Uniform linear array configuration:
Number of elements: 32
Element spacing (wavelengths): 0.75
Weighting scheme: kaiser
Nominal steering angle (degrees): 60
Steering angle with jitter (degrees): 58.447
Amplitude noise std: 0.05
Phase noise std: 0.05

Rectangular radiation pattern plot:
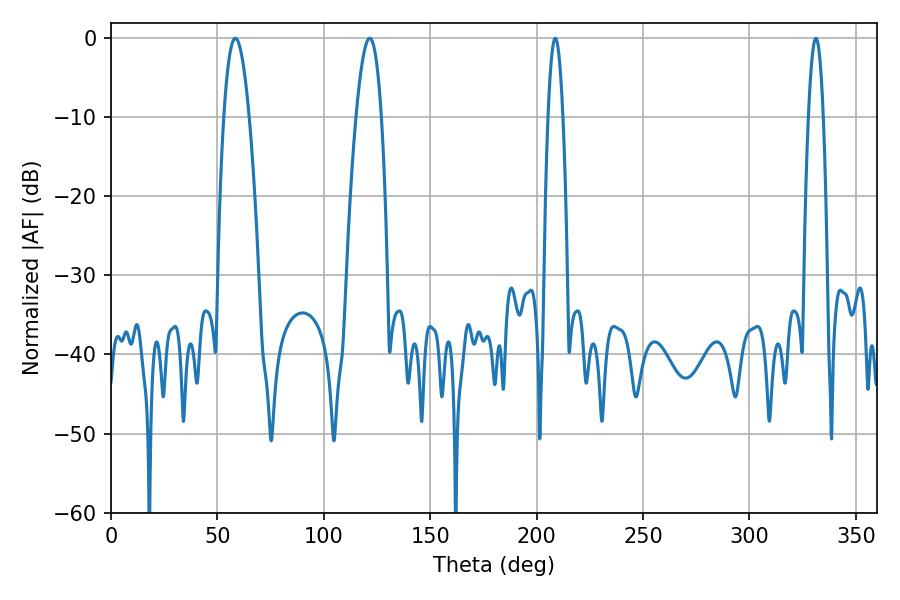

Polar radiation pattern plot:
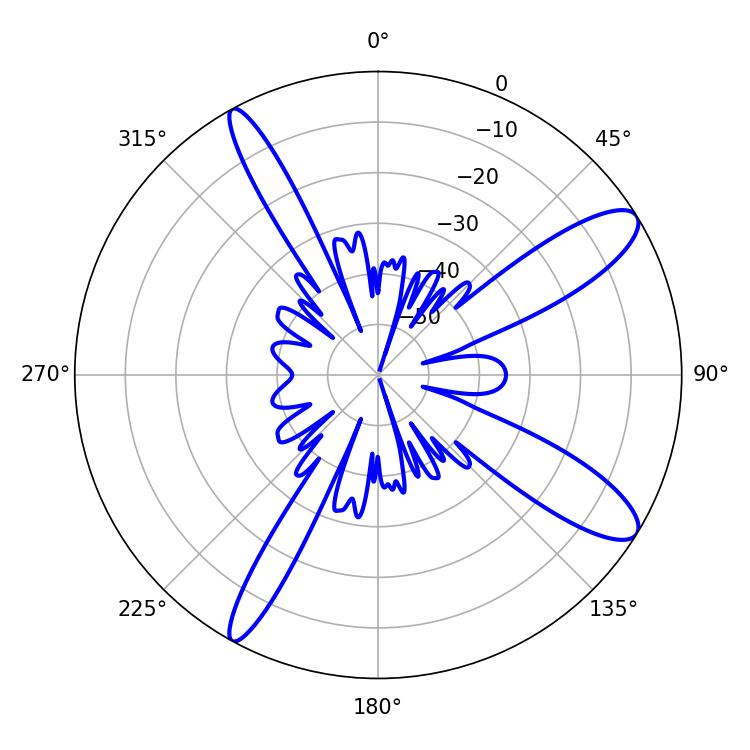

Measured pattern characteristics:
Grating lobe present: TRUE
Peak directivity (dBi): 11.545
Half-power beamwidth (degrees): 3.78
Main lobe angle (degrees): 208.8